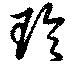
玲